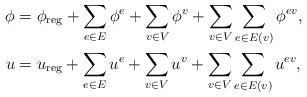
LaTeX: \begin{align*} \phi &= \phi_{\rm reg} + \sum_{e\in E}\phi^e + \sum_{v\in V}\phi^v + \sum_{v\in V}\sum_{e\in E(v)} \phi^{ev}, \\ u &= u_{\rm reg} + \sum_{e\in E}u^e + \sum_{v\in V}u^v + \sum_{v\in V}\sum_{e\in E(v)} u^{ev},\end{align*}